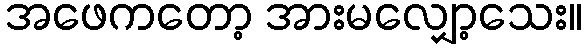
အဖေကတော့ အားမလျှော့သေး။